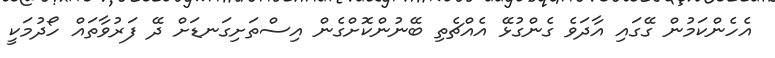
އެހެންކަމުން ގޭގައި އާދަވެ ގެންގުޅޭ އެއްޗެތި ބޭނުންކޮށްގެން އިސްތަށިގަނޑަށް ދޭ ފަރުވާތައް ހޯދުމަކީ